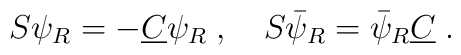
S \psi_R = - \underline{C} \psi_R \; , \quad S \bar{\psi}_R =\bar{\psi}_R \underline{C} \; .